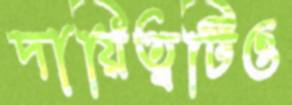
দায়িত্বটিও